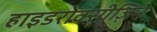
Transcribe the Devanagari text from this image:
हाइडरोक्सीज़िन